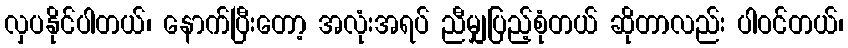
လှပနိုင်ပါတယ်၊ နောက်ပြီးတော့ အလုံးအရပ် ညီမျှပြည့်စုံတယ် ဆိုတာလည်း ပါဝင်တယ်၊